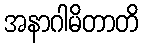
အနာဂါမိတာတိ